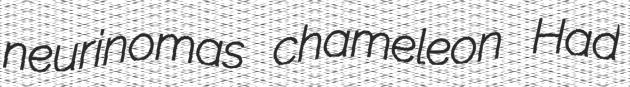
neurinomas chameleon Had